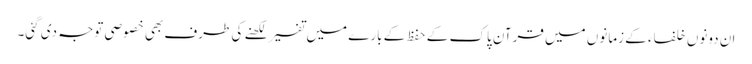
ان دونوں خلفاء کے زمانوں میں قرآن پاک کے حفظ کے بارے میں تفسیر لکھنے کی طرف بھی خصوصی توجہ دی گئی۔